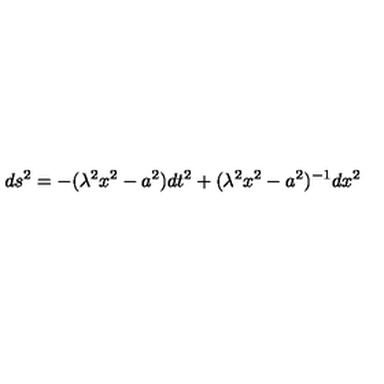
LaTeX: d s ^ { 2 } = - ( \lambda ^ { 2 } x ^ { 2 } - a ^ { 2 } ) d t ^ { 2 } + ( \lambda ^ { 2 } x ^ { 2 } - a ^ { 2 } ) ^ { - 1 } d x ^ { 2 }